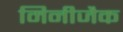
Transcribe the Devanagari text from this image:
मिनीजैक